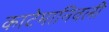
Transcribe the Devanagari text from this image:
काटेमानिवली